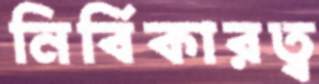
নির্বিকারত্ব